Report of the Indian Hemp Drugs Commission, 1894-1895 - Volume II
Year: 1894
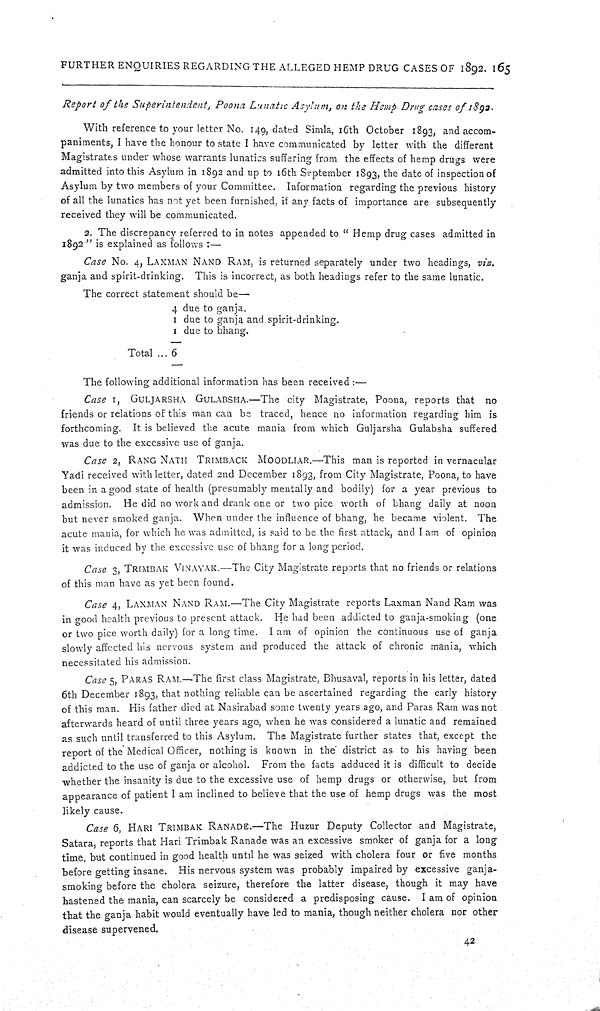
FURTHER ENQUIRIES REGARDING THE ALLEGED HEMP DRUG CASES OF 1892. 165
Report of the Superintendent, Poona Lunatic Asylum, on the Hemp Drug cases of 1892.
With reference to your letter No. 149, dated Simla, 16th October 1893, and accom-
paniments, I have the honour to state I have communicated by letter with the different
Magistrates under whose warrants lunatics suffering from the effects of hemp drugs were
admitted into this Asylum in 1892 and up to 16th September 1893, the date of inspection of
Asylum by two members of your Committee. Information regarding the previous history
of all the lunatics has not yet been furnished, if any facts of importance are subsequently
received they will be communicated.
2. The discrepancy referred to in notes appended to "Hemp drug cases admitted in
1892" is explained as follows:—
Case No. 4, LAXMAN NAND RAM, is returned separately under two headings, viz.
ganja and spirit-drinking. This is incorrect, as both headings refer to the same lunatic.
The correct statement should be—
4 due to ganja.
1 due to ganja and spirit-drinking.
1 due to bhang.
Total ... 6
The following additional information has been received:—
Case 1, GULJARSHA GULABSHA.—The city Magistrate, Poona, reports that no
friends or relations of this man can be traced, hence no information regarding him is
forthcoming. It is believed the acute mania from which Guljarsha Gulabsha suffered
was due to the excessive use of ganja.
Case 2, RANG NATH
TRIMBACK
MOODLIAR.—This man is reported in vernacular
Yadi received with letter, dated 2nd December 1893, from City Magistrate, Poona, to have
been in a good state of health (presumably mentally and bodily) for a year previous to
admission. He did no work and drank one or two pice worth of bhang daily at noon
but never smoked ganja. When under the influence of bhang, he became violent. The
acute mania, for which he was admitted, is said to be the first attack, and I am of opinion
it was induced by the excessive use of bhang for a long period.
Case 3, TRIMBAK VINAYAK.—The City Magistrate reports that no friends or relations
of this man have as yet been found.
Case 4, LAXMAN NAND RAM.—The City Magistrate reports Laxman Nand Ram was
in good health previous to present attack. He had been addicted to ganja-smoking (one
or two pice worth daily) for a long time. I am of opinion the continuous use of ganja
slowly affected his nervous system and produced the attack of chronic mania, which
necessitated his admission.
Case 5, PAARAS RAM.—The first class Magistrate, Bhusaval, reports in his letter, dated
6th December 1893, that nothing reliable can be ascertained regarding the early history
of this man. His father died at Nasirabad some twenty years ago, and Paras Ram was not
afterwards heard of until three years ago, when he was considered a lunatic and remained
as such until transferred to this Asylum. The Magistrate further states that, except the
report of the Medical Officer, nothing is known in the district as to his having been
addicted to the use of ganja or alcohol. From the facts adduced it is difficult to decide
whether the insanity is due to the excessive use of hemp drugs or otherwise, but from
appearance of patient I am inclined to believe that the use of hemp drugs was the most
likely cause.
Case 6, HARI TRIMBAK RANADE.—The Huzur Deputy Collector and Magistrate,
Satara, reports that Hari Trimbak Ranade was an excessive smoker of ganja for a long
time, but continued in good health until he was seized with cholera four or five months
before getting insane. His nervous system was probably impaired by excessive ganja-
smoking before the cholera seizure, therefore the latter disease, though it may have
hastened the mania, can scarcely be considered a predisposing cause. I am of opinion
that the ganja habit would eventually have led to mania, though neither cholera nor other
disease supervened.
42